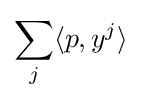
\sum _{j}\langle p,y^{j}\rangle